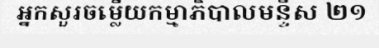
អ្នកសួរចម្លើយកម្មាភិបាលមន្ទីស ២១